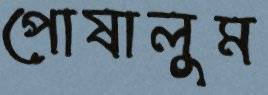
পোষালুম